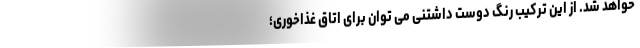
خواهد شد. از این ترکیب رنگ دوست داشتنی می توان برای اتاق غذاخوری؛